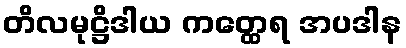
တိလမုဋ္ဌိဒါယ ကတ္ထေရ အပဒါန